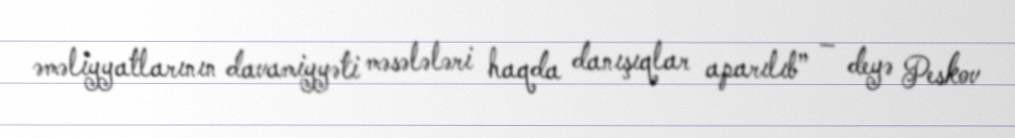
əməliyyatlarının davamiyyəti məsələləri haqda danışıqlar aparılıb” – deyə Peskov